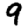
Digit: 9